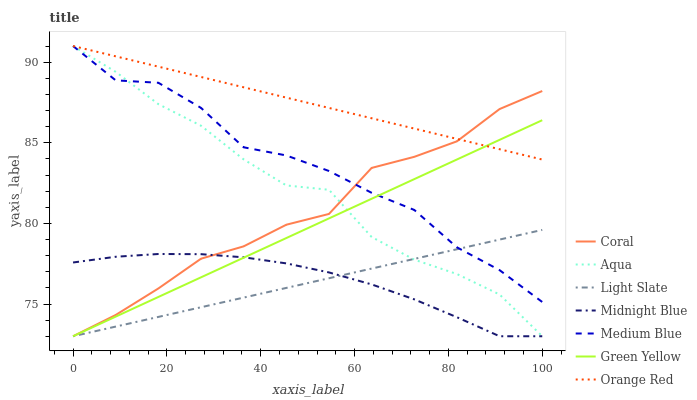
| xaxis_label | Coral | Aqua | Light Slate | Midnight Blue | Medium Blue | Green Yellow | Orange Red |
 | --- | --- | --- | --- | --- | --- | --- | --- |
 | 0 | 73 | 91 | 73 | 77.6 | 91 | 73 | 91 |
 | 9.09 | 74.3 | 89.4 | 73.6 | 77.9 | 88.9 | 74.2 | 90.4 |
 | 18.2 | 76 | 87.4 | 74.2 | 78.1 | 88.7 | 75.4 | 89.7 |
 | 27.3 | 77.8 | 86.1 | 74.8 | 78.1 | 87.2 | 76.7 | 89.1 |
 | 36.4 | 78.6 | 84 | 75.4 | 77.9 | 84.7 | 77.9 | 88.4 |
 | 45.5 | 79.9 | 82.4 | 76 | 77.5 | 84.2 | 79.1 | 87.8 |
 | 54.5 | 80.6 | 82.1 | 76.6 | 77 | 83.2 | 80.3 | 87.2 |
 | 63.6 | 83.4 | 79.2 | 77.2 | 76.2 | 81.9 | 81.5 | 86.5 |
 | 72.7 | 84.1 | 77.8 | 77.8 | 75.3 | 80.8 | 82.7 | 85.9 |
 | 81.8 | 85.1 | 76.9 | 78.4 | 74.2 | 78.5 | 84 | 85.2 |
 | 90.9 | 87.1 | 75.6 | 79 | 73 | 77.1 | 85.2 | 84.6 |
 | 100 | 88.2 | 73 | 79.6 | 73 | 75.1 | 86.4 | 84 |